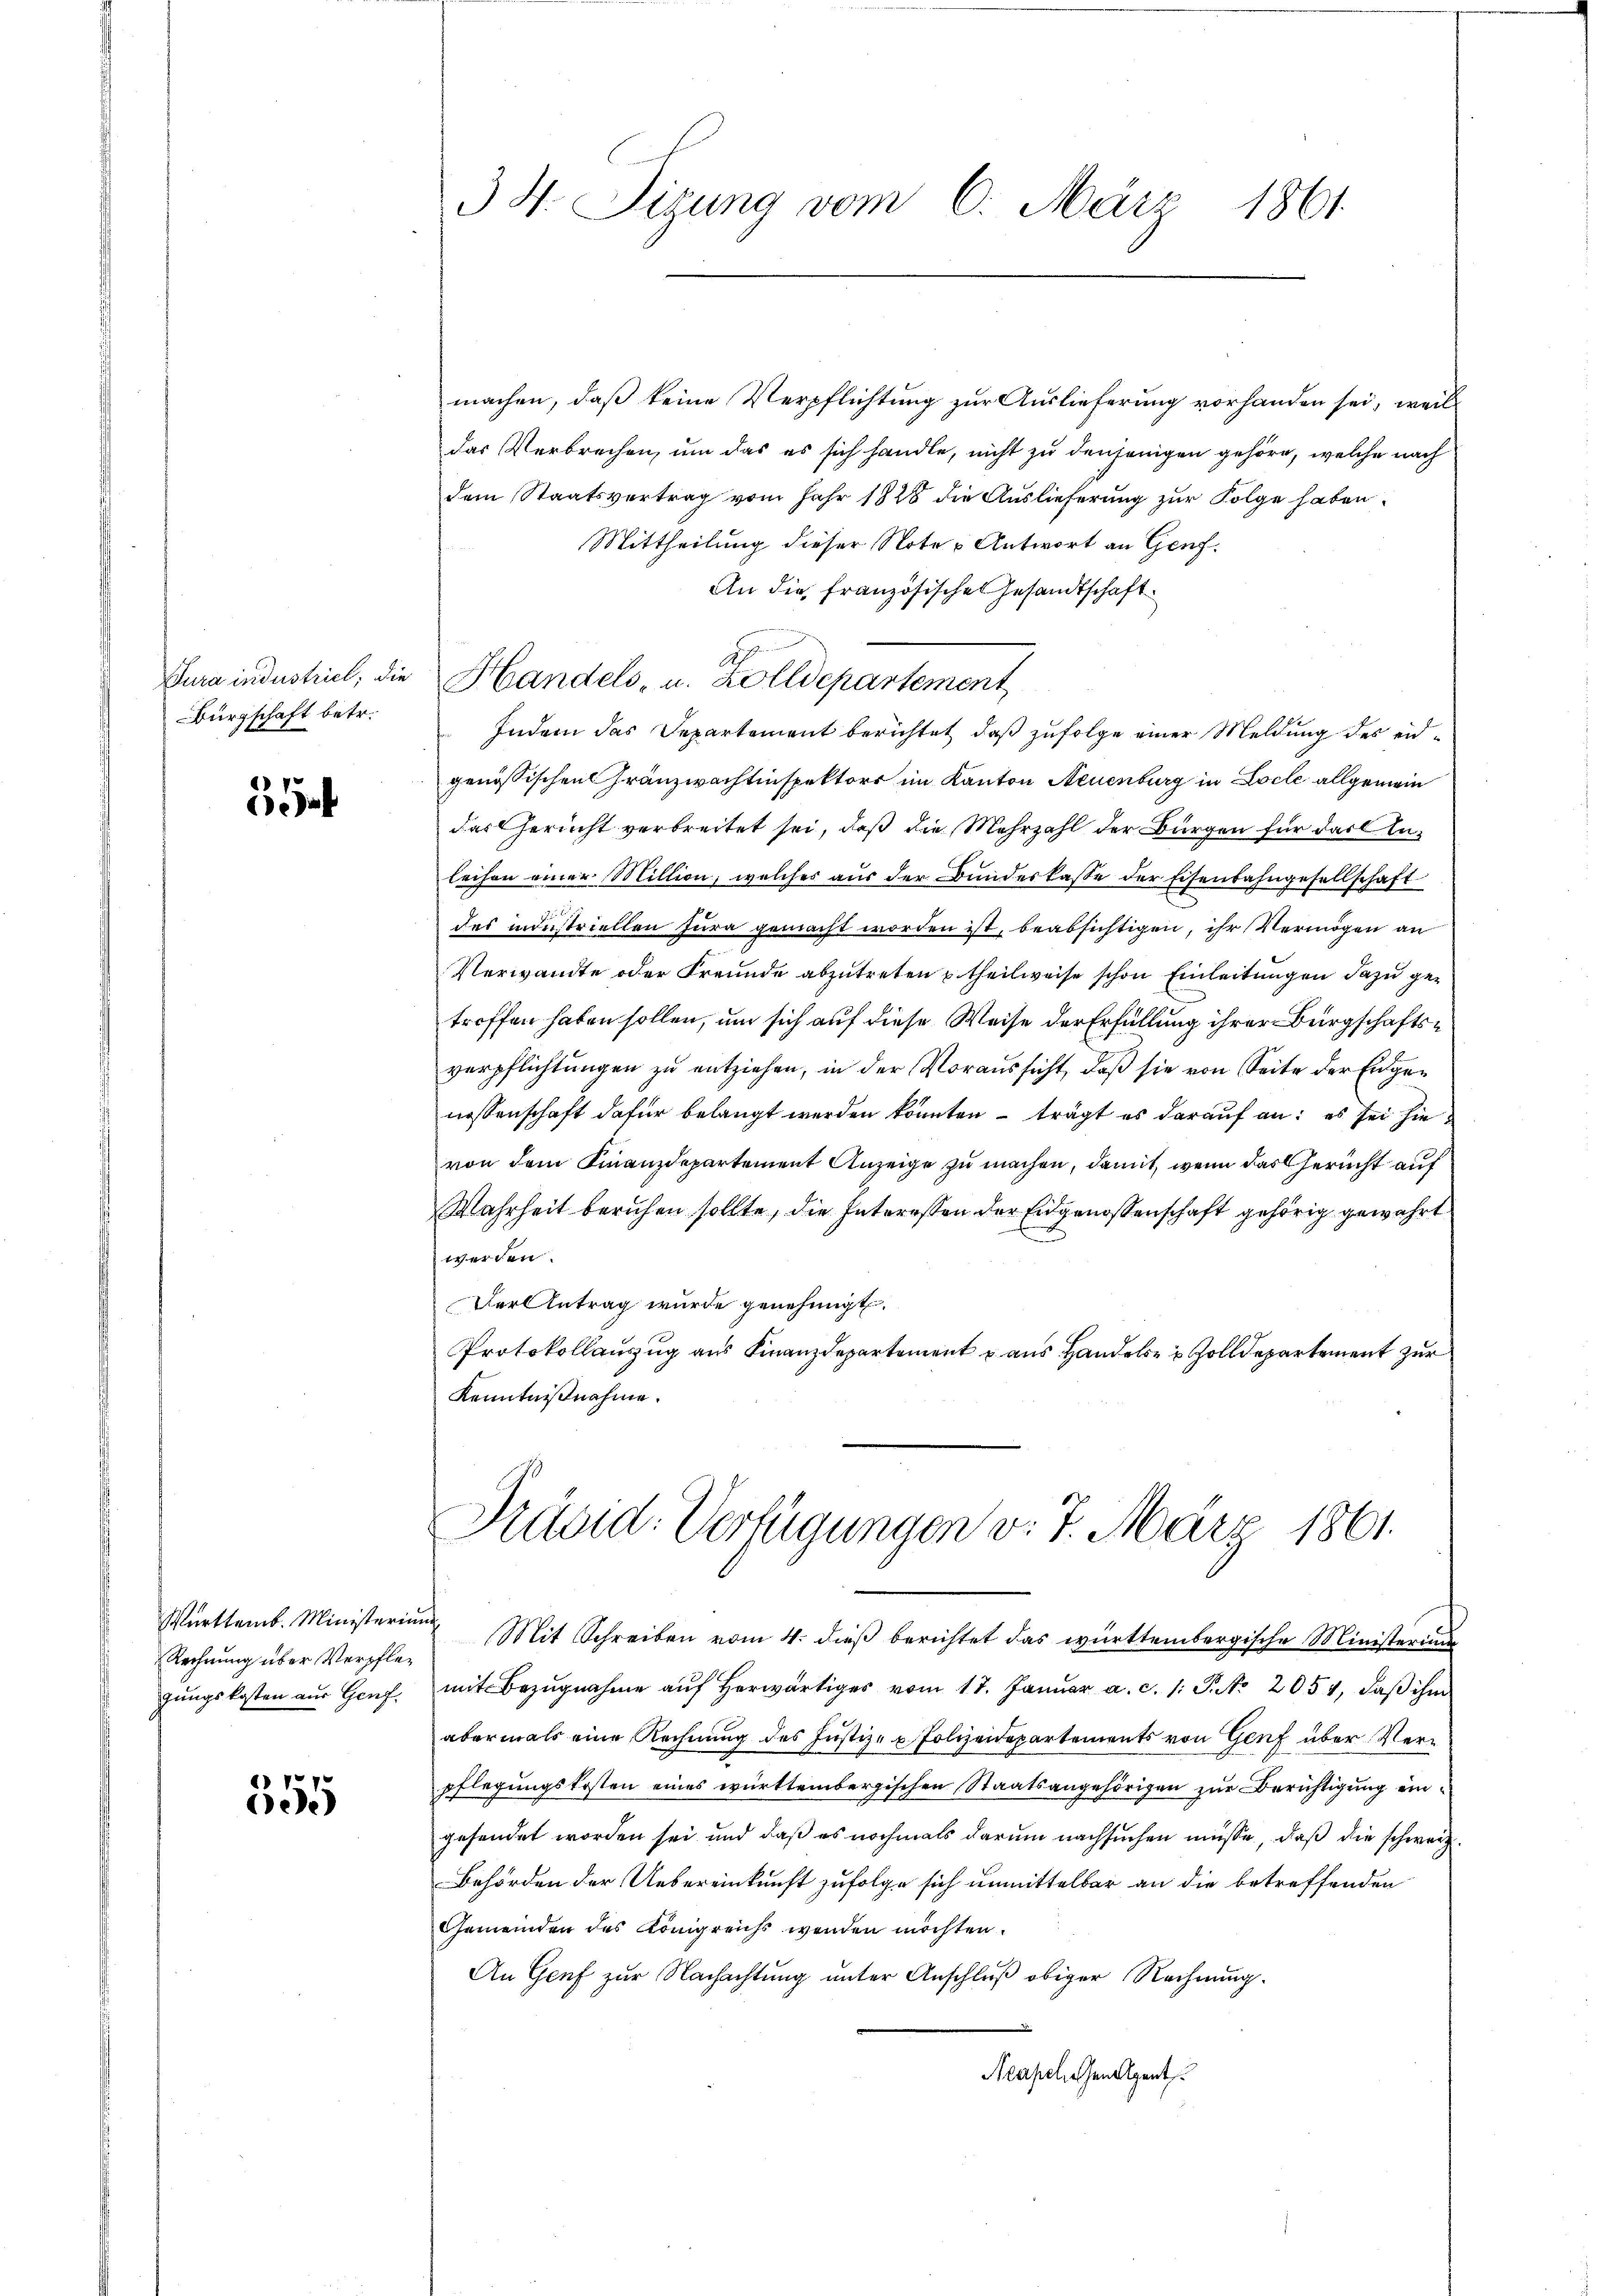
Jura industrict, die
Bürgschaft betr.

Württemb. Ministerium
Rechnung über Verpflegungskosten aus Genf.

355

3 H. Sizung vom 6. März 1861

machen, daß keine Verpflichtung zur Auslieferung vorhanden sei, weil
das Verbrechen, um das es sich handle, nicht zu denjenigen gehöre, welche nach
dem Staatsvertrag vom Jahr 1828 die Auslieferung zur Folge haben.
Mittheilung dieser Note - Antwort an Genf.
An die französischen Gesandtschaft
1
Handels- u. Zolldepartement
Indem das Departement berichtet, daß zufolge einer Meldung des eidgenössischen Franzwachtinspektors im Kanton Neuenburg in Loche allgemein
das Gericht verbreitet sei, daß die Mehrzahl der Bürgen für das Inleihen einer Million, welches aus der Bundeskasse der Eisenbahngesellschaft
des industriellen Jura gemacht worden ist, beabsichtigen, ihr Vermögen an
Verwandte oder Freunde abzutreten u. theilweise schon Einleitungen dazu getreffen haben sollen, um sich auf diese Weise der Erfüllung ihrer Bürgschaftsverpflichtungen zu entziehen, in der Voraussicht, daß sie von Seite der Eidgenossenschaft dafür belangt werden könnten – trägt es darauf an: es sei hievon dem Finanzdepartement Anzeige zu machen, damit, wenn das Gericht auf
Wahrheit beruhen sollte, die Interessen der Eidgenossenschaft gehörig gewährt.
werden.
Der Antrag wurde genehmigt.
Protokollauszug aus Finanzdepartement u aus Handels Zolldepartement zur
Kenntnißnahme.
Präsid-Verfügungen v. 7. März 1861.
 Mit Schreiben vom 4. dieß berichtet das württembergische Ministerium
mit Bezŭgnahme aŭf herwärtiges vom 17. Janŭar a. c. 1. P. Nr. 2054, daβ ihm
abermals eine Rechnung des Justiz- u Polizeidepartements von Genf über Verpflegungskosten eines württembergischen Staatsangehörigen zur Berichtigung eingesendet worden sei und daß es nochmals darum nachsuchen müsse, daß die schweiz
Behörden der Uebereinkunft zufolge sich unmittelbar an die betreffenden
Gemeinden des Königreichs wenden möchten.
An Genf zur Nachachtung unter Anschluß obiger Rechnung.
Acapel, Chen Agent